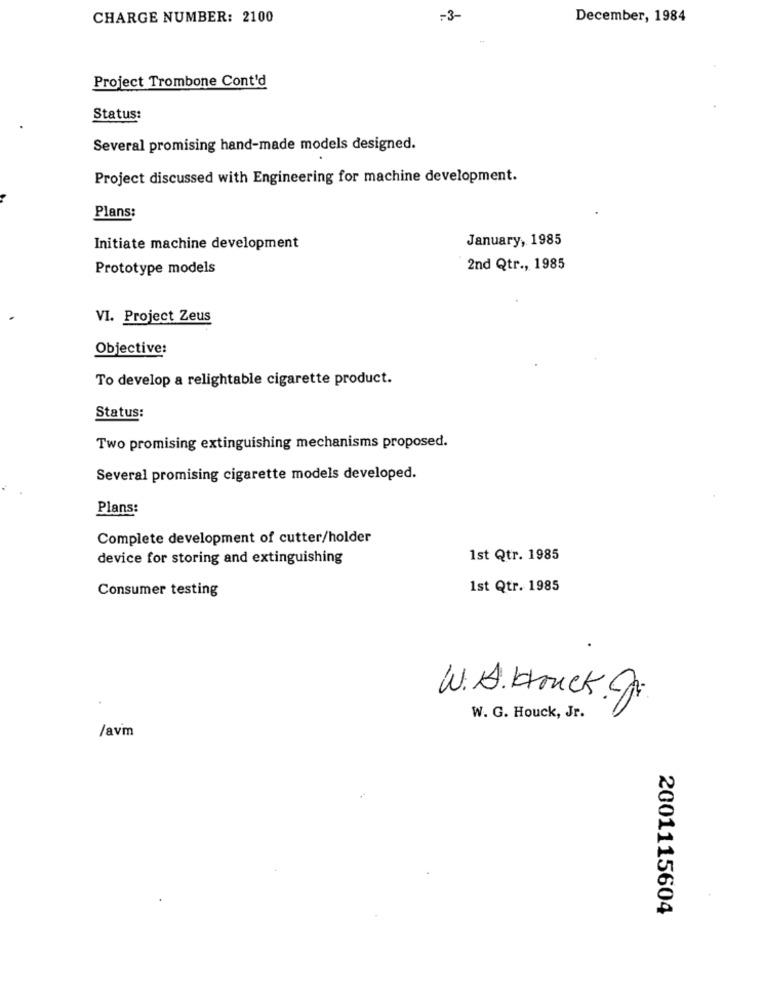
CHARGE NUMBER: 2100
-3-
December, 1984
Project Trombone Cont'd
Status:
Several promising hand-made models designed.
Project discussed with Engineering for machine development.
Plans:
January, 1985
Initiate machine development
Prototype models
2nd Qtr ., 1985
VI. Project Zeus
Objective:
To develop a relightable cigarette product.
Status:
Two promising extinguishing mechanisms proposed.
Several promising cigarette models developed.
Plans:
Complete development of cutter/holder
device for storing and extinguishing
1st Qtr. 1985
Consumer testing
1st Qtr. 1985
W.A.Houck.fr.
W. G. Houck, Jr.
/avm
2001115604